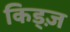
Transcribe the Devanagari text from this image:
किड्ज़